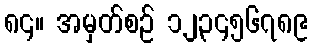
၈၄။ အမှတ်စဉ် ၁၂၃၄၅၆၇၈၉